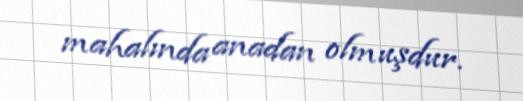
mahalında anadan olmuşdur.